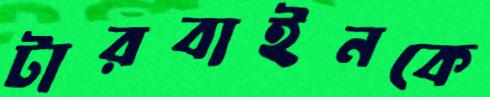
টারবাইনকে